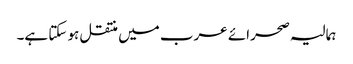
ہمالیہ صحرائے عرب میں منتقل ہو سکتا ہے۔